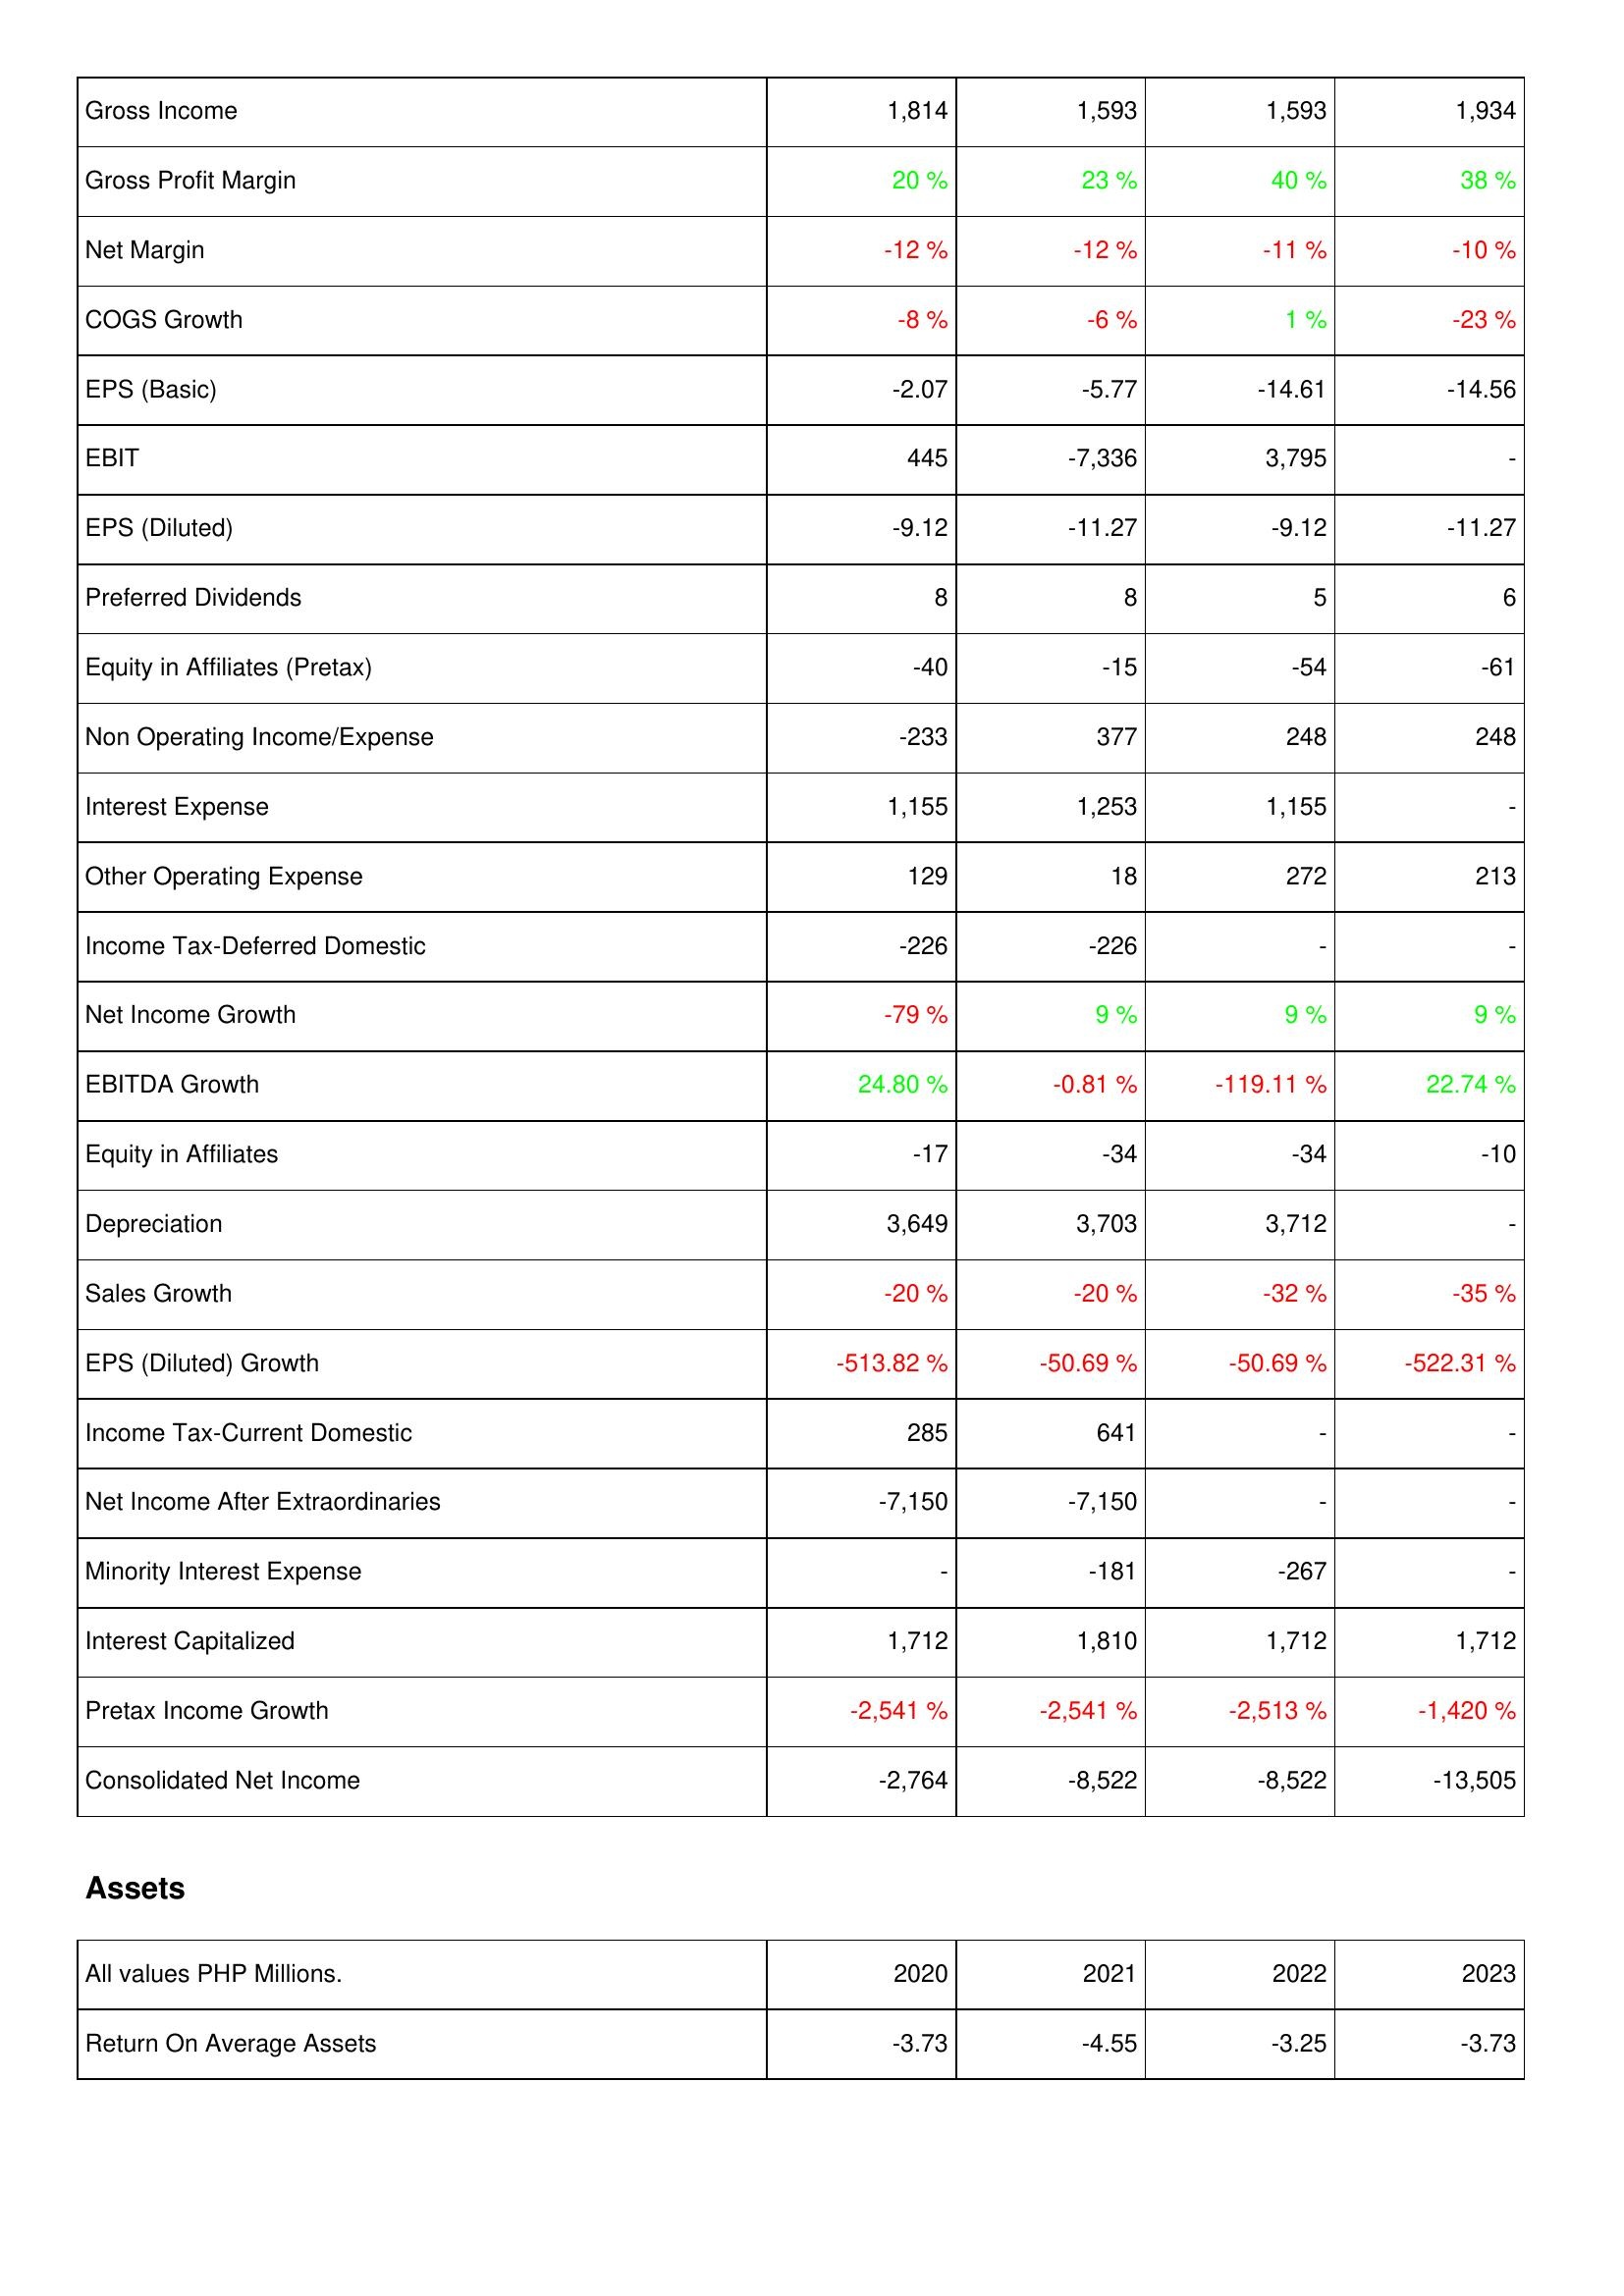
2020: Income Statement: Gross Income: 1,814
Gross Profit Margin: 20 %
Net Margin: -12 %
COGS Growth: -8 %
EPS (Basic): -2.07
EBIT: 445
EPS (Diluted): -9.12
Preferred Dividends: 8
Equity in Affiliates (Pretax): -40
Non Operating Income/Expense: -233
Interest Expense: 1,155
Other Operating Expense: 129
Income Tax-Deferred Domestic: -226
Net Income Growth: -79 %
EBITDA Growth: 24.80 %
Equity in Affiliates: -17
Depreciation: 3,649
Sales Growth: -20 %
EPS (Diluted) Growth: -513.82 %
Income Tax-Current Domestic: 285
Net Income After Extraordinaries: -7,150
Minority Interest Expense: -
Interest Capitalized: 1,712
Pretax Income Growth: -2,541 %
Consolidated Net Income: -2,764
Assets: Return On Average Assets: -3.73
2021: Income Statement: Gross Income: 1,593
Gross Profit Margin: 23 %
Net Margin: -12 %
COGS Growth: -6 %
EPS (Basic): -5.77
EBIT: -7,336
EPS (Diluted): -11.27
Preferred Dividends: 8
Equity in Affiliates (Pretax): -15
Non Operating Income/Expense: 377
Interest Expense: 1,253
Other Operating Expense: 18
Income Tax-Deferred Domestic: -226
Net Income Growth: 9 %
EBITDA Growth: -0.81 %
Equity in Affiliates: -34
Depreciation: 3,703
Sales Growth: -20 %
EPS (Diluted) Growth: -50.69 %
Income Tax-Current Domestic: 641
Net Income After Extraordinaries: -7,150
Minority Interest Expense: -181
Interest Capitalized: 1,810
Pretax Income Growth: -2,541 %
Consolidated Net Income: -8,522
Assets: Return On Average Assets: -4.55
2022: Income Statement: Gross Income: 1,593
Gross Profit Margin: 40 %
Net Margin: -11 %
COGS Growth: 1 %
EPS (Basic): -14.61
EBIT: 3,795
EPS (Diluted): -9.12
Preferred Dividends: 5
Equity in Affiliates (Pretax): -54
Non Operating Income/Expense: 248
Interest Expense: 1,155
Other Operating Expense: 272
Income Tax-Deferred Domestic: -
Net Income Growth: 9 %
EBITDA Growth: -119.11 %
Equity in Affiliates: -34
Depreciation: 3,712
Sales Growth: -32 %
EPS (Diluted) Growth: -50.69 %
Income Tax-Current Domestic: -
Net Income After Extraordinaries: -
Minority Interest Expense: -267
Interest Capitalized: 1,712
Pretax Income Growth: -2,513 %
Consolidated Net Income: -8,522
Assets: Return On Average Assets: -3.25
2023: Income Statement: Gross Income: 1,934
Gross Profit Margin: 38 %
Net Margin: -10 %
COGS Growth: -23 %
EPS (Basic): -14.56
EBIT: -
EPS (Diluted): -11.27
Preferred Dividends: 6
Equity in Affiliates (Pretax): -61
Non Operating Income/Expense: 248
Interest Expense: -
Other Operating Expense: 213
Income Tax-Deferred Domestic: -
Net Income Growth: 9 %
EBITDA Growth: 22.74 %
Equity in Affiliates: -10
Depreciation: -
Sales Growth: -35 %
EPS (Diluted) Growth: -522.31 %
Income Tax-Current Domestic: -
Net Income After Extraordinaries: -
Minority Interest Expense: -
Interest Capitalized: 1,712
Pretax Income Growth: -1,420 %
Consolidated Net Income: -13,505
Assets: Return On Average Assets: -3.73